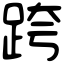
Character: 跨